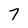
Character: 7